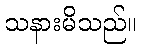
သနားမိသည်။